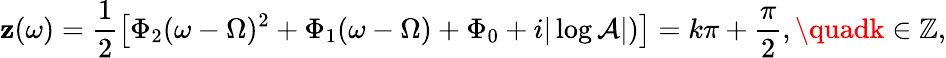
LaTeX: \mathbf{z}(\omega)=\frac{{1}}{{2}}\left[\Phi_{2}(\omega-\Omega)^{2}+\Phi_{1}(\omega-\Omega)+\Phi_{0}+i|\log\mathcal{{A}}|)\right]=k\pi+\frac{{\pi}}{{2}},\quadk\in\mathbb{{Z}},